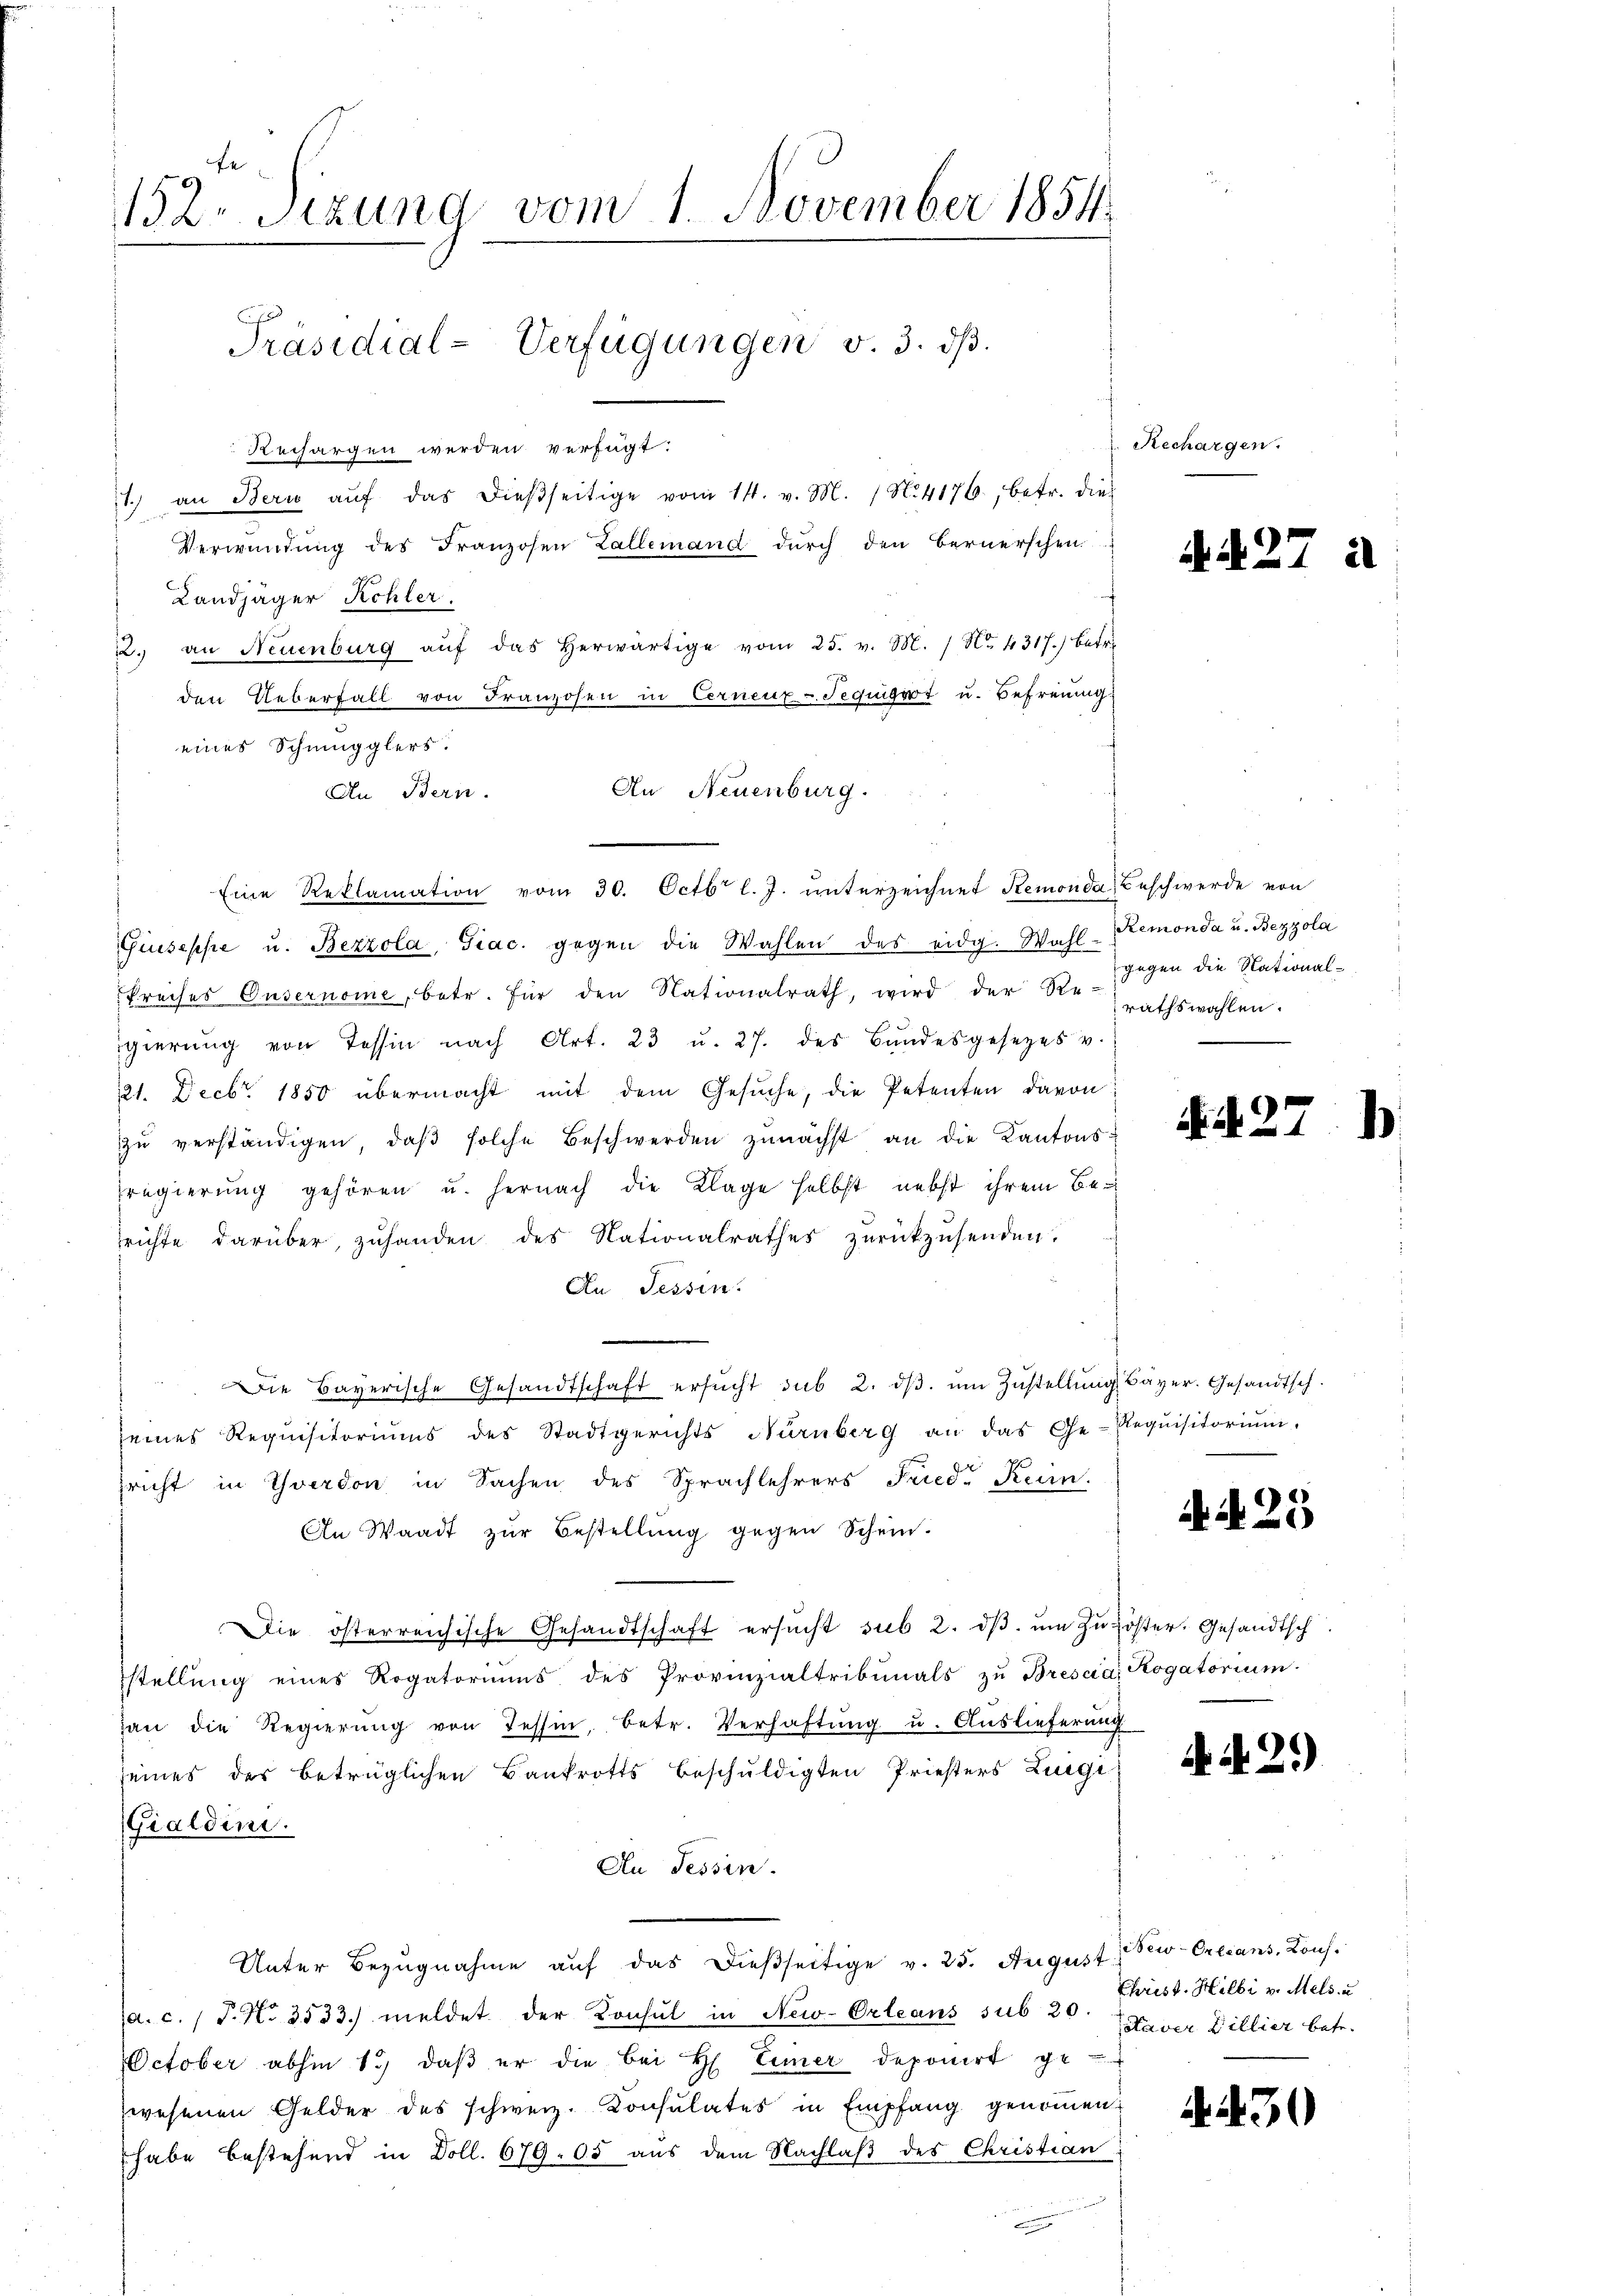
132. Sitzung vom 1. November 1854.
Präsidial-Verfügungen v. 3. dβ.
Rechargen werden verfügt:
1.) an Bern aŭf das dieβseitige vom 14. v. M. 1 N. 4176, betr. dies
Verwendung des Franzosen Zallemand durch den Bernerschen

Eine Reklamation vom 30. Octbr l. J. unterzeichnet Remonda, Beschwerde von

Landjäger Kohler.
2. an Neuenburg aŭf das herwärtige vom 25. v. M. / No 4317.) betr.
den Ueberfall von Franzosen in Cernenz-Tequirt u. Befreung
eines Schmugglers.
An Neuenburg.
An Bern.
Giuseppe u. Bezzola, Giac. gegen die Wahlen des eidg. Wahl-Remonda u. Bezzola
Preises Guserneme, betr. für den Nationalrath, wird der Berathswahlen.
gierŭng von Tessin nach Art. 23 u. 27. des Bundesgesetzes v.
221. Decbr. 1850 übermacht mit dem Gesuche, die Petenten davon
zŭ verständigen, daβ solche Beschwerden zunächst an die Kantonsregierung gehören u. hernach die Klage selbst nebst ihrem Berichte darüber, zuhanden des Nationalrathes zurückzusenden.
An Tessin.
Die Bayerische Gesandtschaft ersŭcht sub 2. dβ. ŭm Zŭstellŭng Bayer. Gesandtsch.
seines Requisitoriŭms des Stadtgerichts Nürnberg an das Ge-Requisitoriŭm,
pricht in Yverdon in Sachen des Sprachlehrers Fried. Keim.
An Waadt zŭr Bestellŭng gegen Schein.
Die österreichische Gesandtschaft ersŭcht sub 2. dβ ŭm Zŭgöster. Gesandtsch
stellŭng eines Rogatoriums des Provinzialtribunals zu Bresca, Rogatorium.
gan die Regierŭng von Tessin, betr. Verhaftŭng u. Aŭslieferung
seines der betrüglichen Bankrotts beschuldigten Priesters Lingi
(Gialdini.
An Tessin.
Unter Bezugnahme auf das dießseitige v. 25. August
a. c. / P. Nr. 3533. meldet der Konsul in New-Orleans sub 20. Xaver Billier betr.
October abhin 1. daβ er die bei H Eimer deponirt ge-
wesenen Gelder des schweiz. Konsulates in Empfang genommen:
habe bestehend in Doll. 679. 05 aus dem Nachlaβ des Christian

Rechargen.

gegen die National-

2

NA. 25

NA.29)

New-Orleans, Laus.
Christ. Hilbi v. Mels u

430